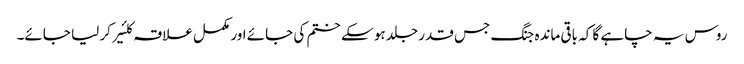
روس یہ چاہے گا کہ باقی ماندہ جنگ جس قدر جلد ہو سکے ختم کی جائے اور مکمل علاقہ کلئیر کر لیا جائے۔